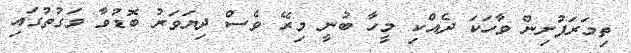
ތިމަރަފުށިން ވާހަކަ ދެއްކި މީހާ ބުނީ މިރޭ ވެސް ދިޔަވަރު ބޮޑުވާ ވަގުތުގައި